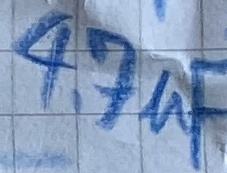
Text: 4,7uF